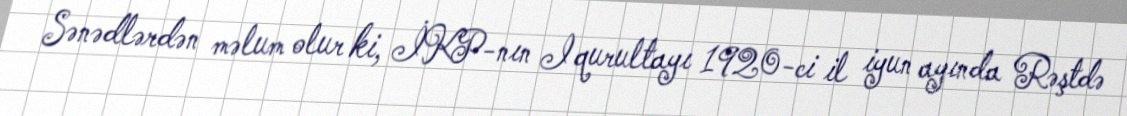
Sənədlərdən məlum olur ki, İKP-nın I qurultayı 1920-ci il iyun ayında Rəştdə